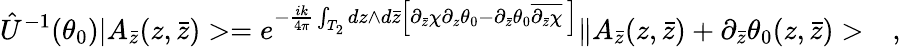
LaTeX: \hat{U}^{-1}(\theta_{0})|A_{\bar{z}}(z,\bar{z})>=e^{-\frac{ik}{4\pi}\int_{T_{2}}dz\wedge d\bar{z}\left[\partial_{\bar{z}}\chi\partial_{z}\theta_{0}-\partial_{\bar{z}}\theta_{0}\overline{{{\partial_{\bar{z}}\chi}}}\, \right]}\| A_{\bar{z}}(z,\bar{z})+\partial_{\bar{z}}\theta_{0}(z,\bar{z})>\ \ \ ,